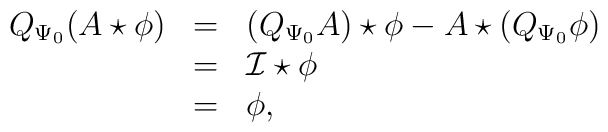
\begin{array}{rcl}Q_{\Psi_0} (A \star \phi) & = &(Q_{\Psi_0} A) \star \phi - A \star (Q_{\Psi_0} \phi) \\& = &\cal{I} \star \phi \\& = & \phi,\end{array}